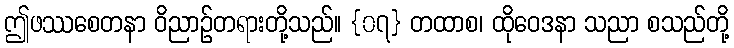
ဤဖဿစေတနာ ဝိညာဉ်တရားတို့သည်။ {၀၇} တထာစ၊ ထိုဝေဒနာ သညာ စသည်တို့